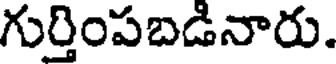
గుర్తింపబడినారు.